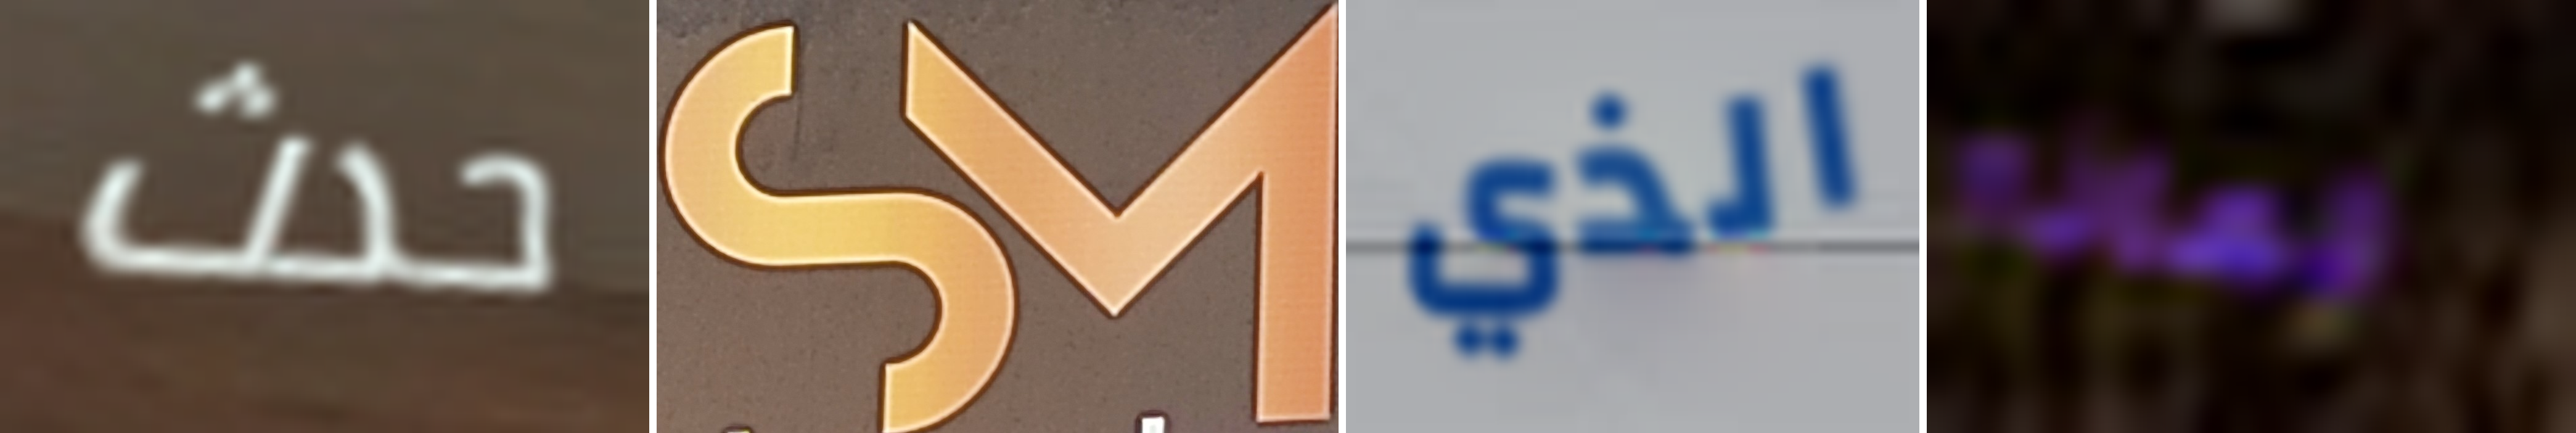
حدث SM الذي لماذا